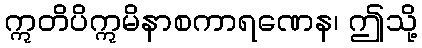
ဣတိပိဣမိနာစကာရဏေန၊ ဤသို့